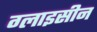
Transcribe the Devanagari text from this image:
ग्लाइसीन